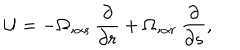
{ \cal U } = - \Omega , _ { \alpha s } { \frac { \partial } { \partial r } } + \Omega , _ { \alpha r } { \frac { \partial } { \partial s } } ,